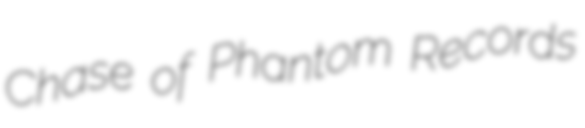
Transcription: Chase of Phantom Records